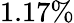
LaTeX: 1.17\%